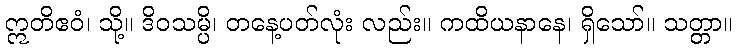
ဣတိဧဝံ၊ သို့။ ဒိဝသမ္ပိ၊ တနေ့ပတ်လုံး လည်း။ ကထိယနာနေ၊ ရှိသော်။ သတ္တာ။